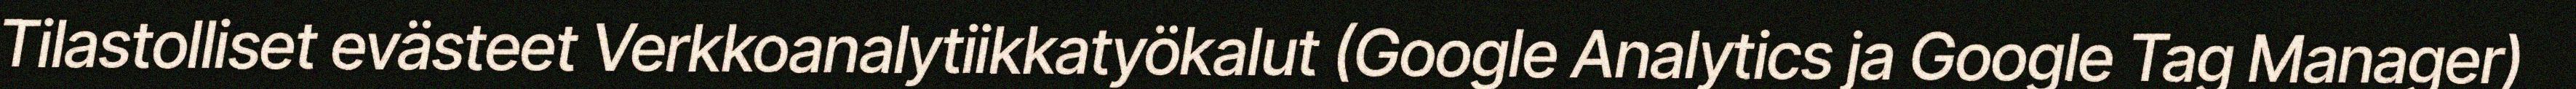
Tilastolliset evästeet Verkkoanalytiikkatyökalut (Google Analytics ja Google Tag Manager)